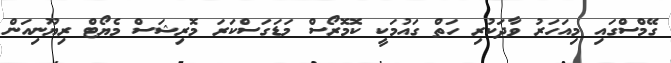
ގޭމްސްގައި މިއަހަރު ވާދަކުރި ހަތް ގައުމަކީ ކޮމޮރޯސް މަޑަގަސްކަރަ މޮރިޝަސް މެޔޯޓް ރިޔޫނިއަން